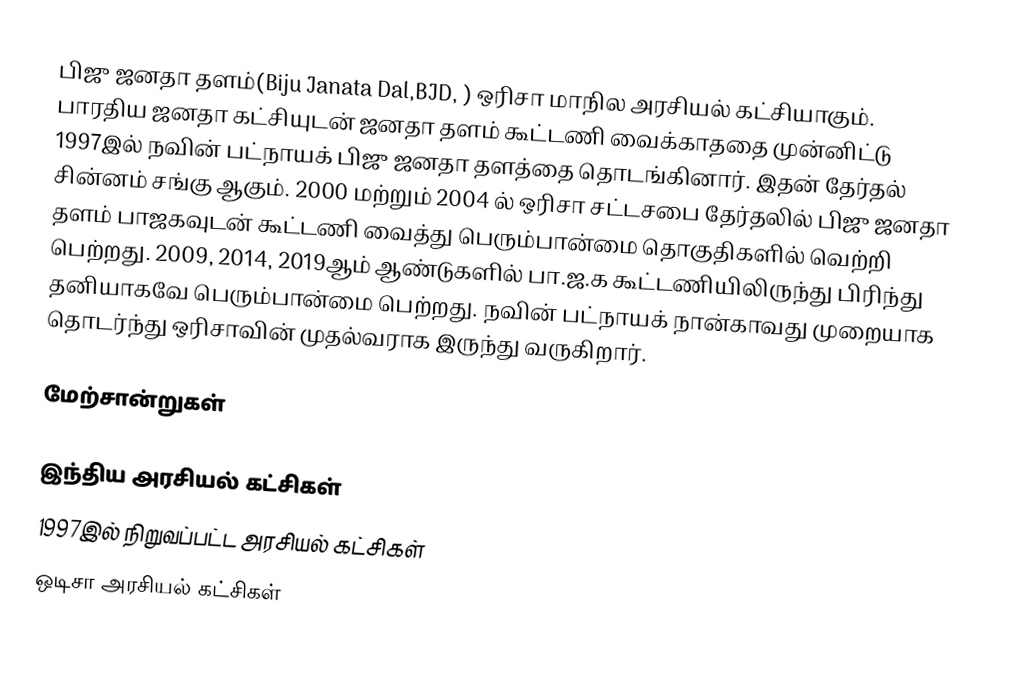
பிஜு ஜனதா தளம்(Biju Janata Dal,BJD, ) ஒரிசா மாநில அரசியல் கட்சியாகும். பாரதிய ஜனதா கட்சியுடன் ஜனதா தளம் கூட்டணி வைக்காததை முன்னிட்டு 1997இல்  நவின் பட்நாயக் பிஜு ஜனதா தளத்தை தொடங்கினார். இதன் தேர்தல் சின்னம் சங்கு ஆகும். 2000 மற்றும் 2004 ல் ஒரிசா சட்டசபை தேர்தலில் பிஜு ஜனதா தளம் பாஜகவுடன் கூட்டணி வைத்து பெரும்பான்மை தொகுதிகளில் வெற்றி பெற்றது. 2009, 2014, 2019ஆம் ஆண்டுகளில் பா.ஜ.க கூட்டணியிலிருந்து பிரிந்து தனியாகவே பெரும்பான்மை பெற்றது. நவின் பட்நாயக் நான்காவது முறையாக தொடர்ந்து ஒரிசாவின் முதல்வராக இருந்து வருகிறார்.

மேற்சான்றுகள்

இந்திய அரசியல் கட்சிகள்
1997இல் நிறுவப்பட்ட அரசியல் கட்சிகள்
ஒடிசா அரசியல் கட்சிகள்